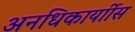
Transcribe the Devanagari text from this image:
अनधिकार्याीस